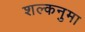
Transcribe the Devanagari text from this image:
शल्कनुमा